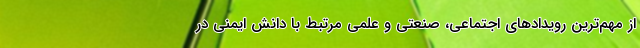
از مهم­ترین رویدادهای اجتماعی، صنعتی و علمی مرتبط با دانش ایمنی در